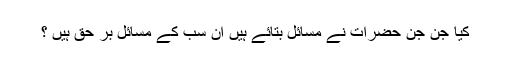
کیا جن جن حضرات نے مسائل بتائے ہیں ان سب کے مسائل بر حق ہیں ؟